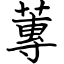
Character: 蓴